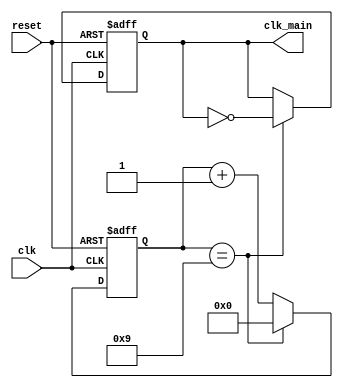
module clk_prescale(clk,reset,clk_main);
input clk;
input reset;
output reg clk_main;


//the equation should be 49.152MHz/(2*counter)
//the threshold value of counter is counter-1.
//here we let counter equals 10,
//then we get 49.152MHz/(2*10)=2.4576MHz.
//but the threshold is counter-1=10-1=9.
reg [7:0] counter;
always@(posedge clk or posedge reset)
begin
	if(reset)	begin
					counter<=0;
					clk_main<=8'b0;
				end
	else if(counter==8'd9)	begin
								counter<=8'd0;
								clk_main=~clk_main;
							end
		else
			counter<=counter+1'b1;
end
endmodule